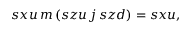
s x u \, m \, ( s z u \, j \, s z d ) = s x u ,